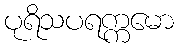
ပုရိသပရက္ကမော